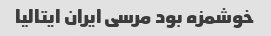
خوشمزه بود مرسی ایران ایتالیا